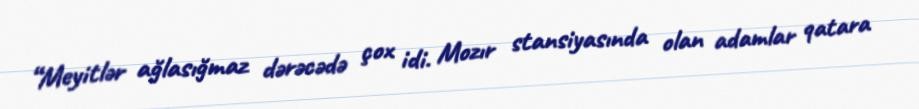
“Meyitlər ağlasığmaz dərəcədə çox idi. Mozır stansiyasında olan adamlar qatara